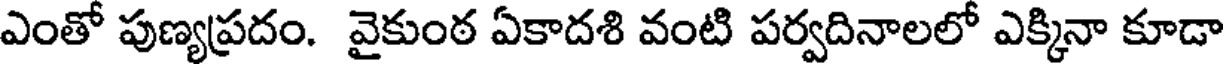
ఎంతో పుణ్యప్రదం. వైకుంఠ ఏకాదశి వంటి పర్వదినాలలో ఎక్కినా కూడా